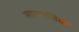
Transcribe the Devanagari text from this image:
साम्पातिक